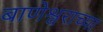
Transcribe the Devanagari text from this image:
बाणेश्वराच्या